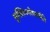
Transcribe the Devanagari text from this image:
मुस्लिमपोषकनीति